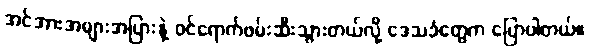
အင်အားအများအပြားနဲ့ ဝင်ရောက်ဖမ်းဆီးသွားတယ်လို့ ဒေသခံတွေက ပြောပါတယ်။